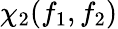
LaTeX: \chi_{2}(f_{1},f_{2})